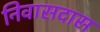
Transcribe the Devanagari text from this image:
निवासदास